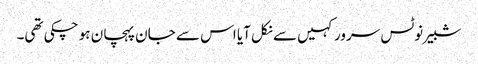
شبیر نوٹس سرور کہیں سے نکل آیا اس سے جان پہچان ہو چکی تھی۔